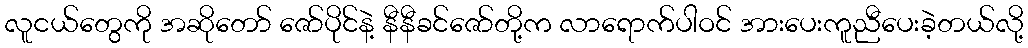
လူငယ်တွေကို အဆိုတော် ဇော်ပိုင်နဲ့ နီနီခင်ဇော်တို့က လာရောက်ပါဝင် အားပေးကူညီပေးခဲ့တယ်လို့